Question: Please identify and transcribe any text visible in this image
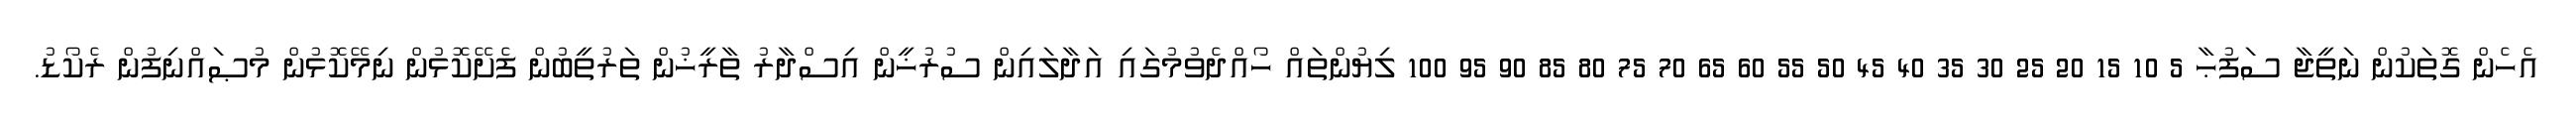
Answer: އެހެން ގޮތަކުން ނަތީޖާ ސަފުޙާ 5 10 15 20 25 30 35 40 45 50 55 60 65 70 75 80 85 90 95 100 ލިޔުންތައް ހޯއްދެވުމުގައި އަދާލައިން ސުރުޚީން އިސްދާރު ތާރީޚުން ތަރުތީބުން ފެށޭކޮޅުން ނިމޭކޮޅުން މުޞައްނިފުން ރެކޯޑު.